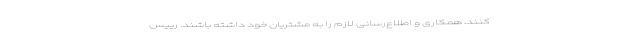
کنند، همکاری و اطلاع‌رسانی لازم را به مشتریان خود داشته باشند. رییس